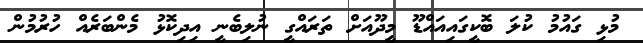
މުޅި ގައުމު ކުލަ ބޮކީގައިއައްޑޫ މީދޫއަށް ތަރައްގީ ނުލިބެނީ އިދިކޮޅު މެންބަރެއް ހުރުމުން